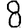
Digit: 8